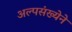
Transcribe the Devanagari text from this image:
अल्पसंख्येने